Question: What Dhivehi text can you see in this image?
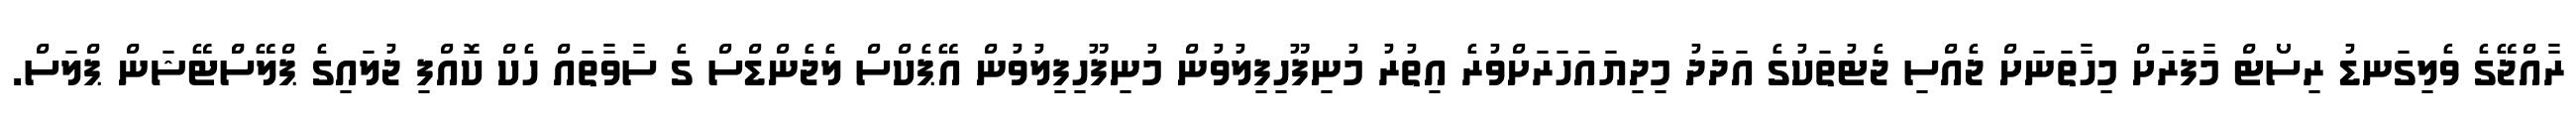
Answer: ރާއްޖޭގެ ވެލިގަނޑު ރިސޯޓް މާފަރަށް މިހާތަނަށް ޖެއްސި ޖެޓުތަކުގެ އަދަދު މިދިޔައަހަރަށްވުރެ އިތުރު މުނިފޫހިފިލުވުން މުނިފޫހިފިލުވުން އޭޕެކްސް ލެޖެންޑްސް ގެ ސާވާތައް ހެކް ކޮއްފި ޖުލައިގެ ޕްލޭސްްޓޭޝަން ޕްލަސް.